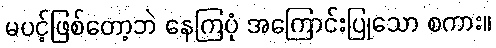
မပင့်ဖြစ်တော့ဘဲ နေကြပုံ အကြောင်းပြုသော စကား။